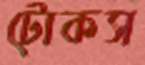
টোকস